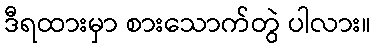
ဒီရထားမှာ စားသောက်တွဲ ပါလား။